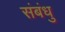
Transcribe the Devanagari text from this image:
संबंधु